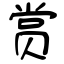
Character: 赏